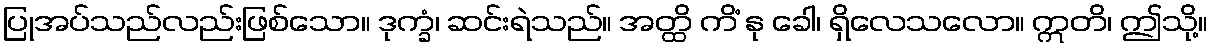
ပြုအပ်သည်လည်းဖြစ်သော။ ဒုက္ခံ၊ ဆင်းရဲသည်။ အတ္ထိ ကိံ နု ခေါ၊ ရှိလေသလော။ ဣတိ၊ ဤသို့။